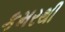
કમરથી